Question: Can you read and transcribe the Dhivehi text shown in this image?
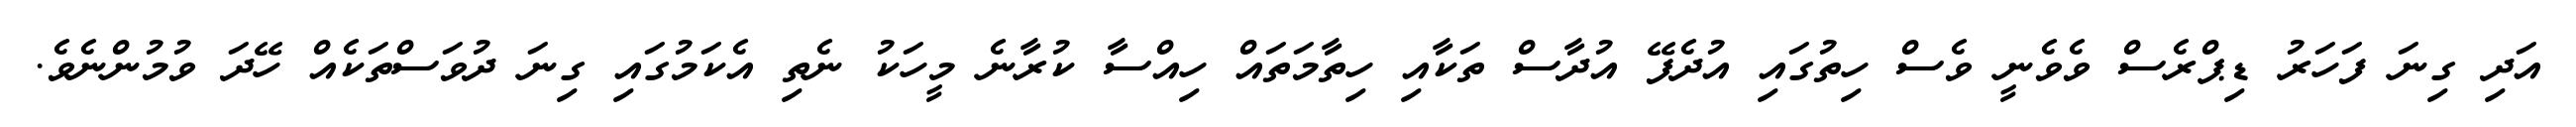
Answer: އަދި ގިނަ ފަހަރު ޑިޕްރެސް ވެވެނީ ވެސް ހިތުގައި އުދެފޭ އުދާސް ތަކާއި ހިތާމަތައް ހިއްސާ ކުރާނެ މީހަކު ނެތި އެކަމުގައި ގިނަ ދުވަސްތަކެއް ހޭދަ ވުމުންނެވެ.